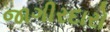
જાગીરદારો